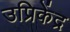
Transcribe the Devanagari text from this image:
उप्रिकेंद्र